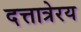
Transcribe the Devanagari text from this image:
दत्तात्रेरय